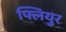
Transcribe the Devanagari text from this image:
फ्लियुर